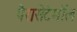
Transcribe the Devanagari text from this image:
पैरासेटेमॉल